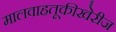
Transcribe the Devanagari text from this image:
मालवाहतूकीखेरीज